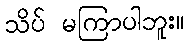
သိပ် မကြာပါဘူး။